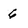
Character: 6